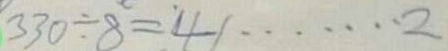
3 3 0 \div 8 = 4 1 \cdots 2